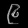
Digit: ၉